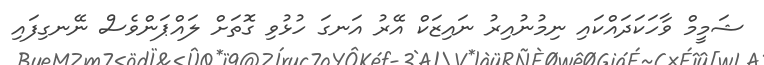
ޝަމީމް ވާހަކަދައްކައި ނިމުނުއިރު ނައިޒަކް އޭރު އަނގަ ހުޅުވި ގޮތަށް ލައްޕަންވެސް ނޭނގިފައި